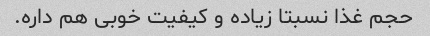
حجم غذا نسبتا زیاده و کیفیت خوبی هم داره.